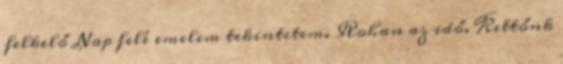
felkelő Nap felé emelem tekintetem. Rohan az idő. Kettőnk